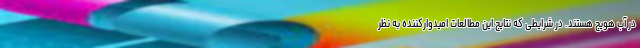
در آب هویج هستند. در شرایطی که نتایج این مطالعات امیدوارکننده به نظر